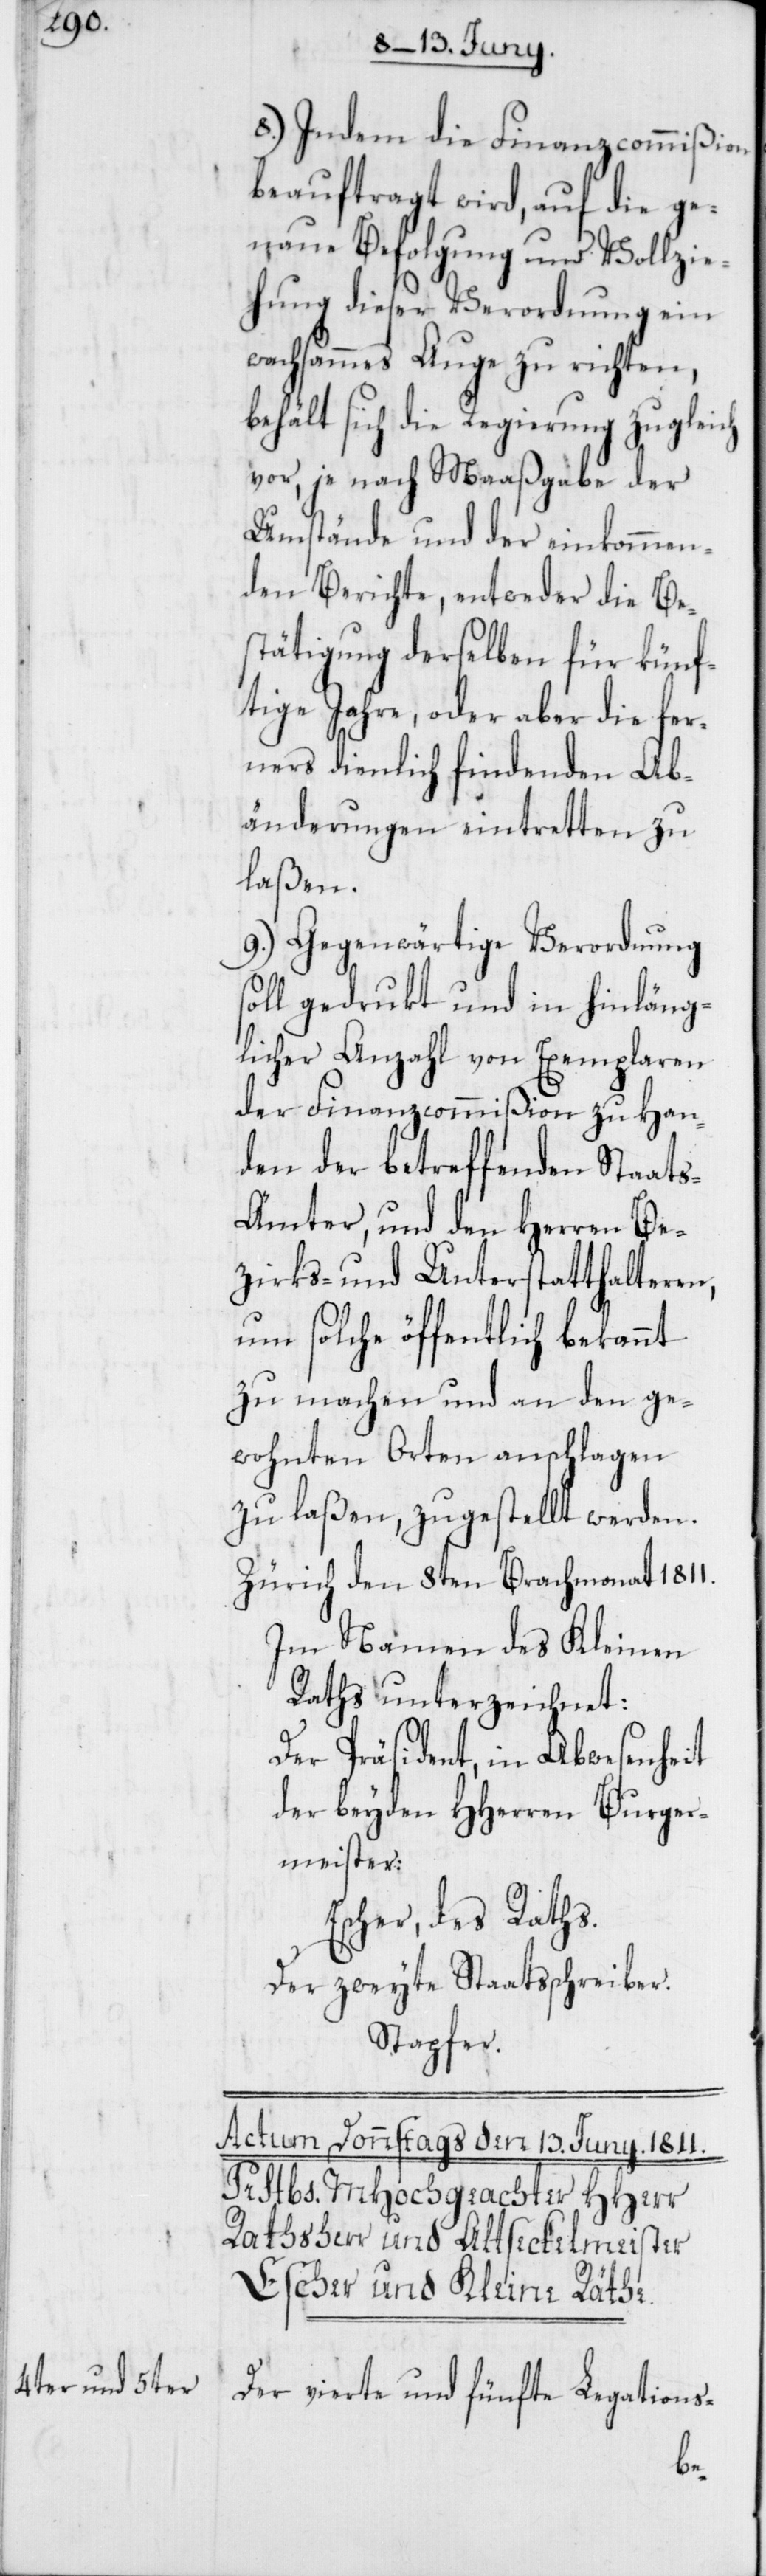
8.) Indem die Finanzcommißion
beauftragt wird, auf die ge¬
naue Befolgung und Vollzie¬
hung dieser Verordnung ein
wachsammes Auge zu richten,
behält sich die Regierung zugleich
vor, je nach Maaßgabe der
Umstände und der einkommen¬
den Berichte, entweder die Be¬
stätigung derselben für künf¬
tige Jahre, oder aber die fer¬
ners dienlich findenden Ab¬
änderungen eintretten zu
laßen.
9.) Gegenwärtige Verordnung
oll gedrukt und in hinläng¬
licher Anzahl von Exemplaren
der Finanzcommißion zu Han¬
den der betreffenden Staat¬
s-Ämter, und den Herren Be¬
zirks- und Unterstatthalteren,
um solche öffentlich bekannt
zu machen und an den ge¬
wohnten Orten anschlagen
zu laßen, zugestellt werden.
Zürich, den 8ten Brachmonat 1811.
Im Namen des Kleinen
Raths unterzeichnet:
Der Präsident, in Abwesenheit
der beyden HHerren Burger¬
meister:
Escher, des Raths.
Der zweyte Staatsschreiber.
Stapfer.
Der vierte und fünfte Legations-
s¬